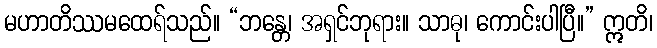
မဟာတိဿမထေရ်သည်။ “ဘန္တေ၊ အရှင်ဘုရား။ သာဓု၊ ကောင်းပါပြီ။” ဣတိ၊